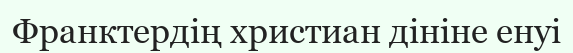
Франктердің христиан дініне енуі